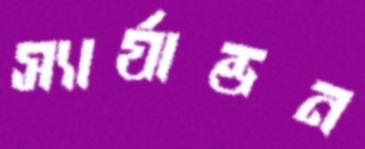
স্যার্যান্ডন